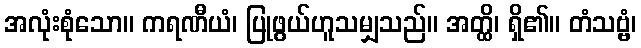
အလုံးစုံသော။ ကရဏီယံ၊ ပြုဖွယ်ဟူသမျှသည်။ အတ္ထိ၊ ရှိ၏။ တံသဗ္ဗံ၊